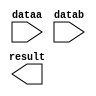
// megafunction wizard: %LPM_MULT%VBB%
// GENERATION: STANDARD
// VERSION: WM1.0
// MODULE: lpm_mult 

// ============================================================
// Megafunction Name(s):
// 			lpm_mult
//
// Simulation Library Files(s):
// 			lpm
// ============================================================
// ************************************************************
// THIS IS A WIZARD-GENERATED FILE. DO NOT EDIT THIS FILE!
//
// 13.1.0 Build 162 10/23/2013 SJ Full Version
// ************************************************************

//Copyright (C) 1991-2013 Altera Corporation
//Your use of Altera Corporation's design tools, logic functions 
//and other software and tools, and its AMPP partner logic 
//functions, and any output files from any of the foregoing 
//(including device programming or simulation files), and any 
//associated documentation or information are expressly subject 
//to the terms and conditions of the Altera Program License 
//Subscription Agreement, Altera MegaCore Function License 
//Agreement, or other applicable license agreement, including, 
//without limitation, that your use is for the sole purpose of 
//programming logic devices manufactured by Altera and sold by 
//Altera or its authorized distributors.  Please refer to the 
//applicable agreement for further details.

module multiplier (
	dataa,
	datab,
	result);

	input	[7:0]  dataa;
	input	[7:0]  datab;
	output	[15:0]  result;

endmodule

// ============================================================
// CNX file retrieval info
// ============================================================
// Retrieval info: PRIVATE: AutoSizeResult NUMERIC "1"
// Retrieval info: PRIVATE: B_isConstant NUMERIC "0"
// Retrieval info: PRIVATE: ConstantB NUMERIC "0"
// Retrieval info: PRIVATE: INTENDED_DEVICE_FAMILY STRING "Cyclone V"
// Retrieval info: PRIVATE: LPM_PIPELINE NUMERIC "0"
// Retrieval info: PRIVATE: Latency NUMERIC "0"
// Retrieval info: PRIVATE: SYNTH_WRAPPER_GEN_POSTFIX STRING "0"
// Retrieval info: PRIVATE: SignedMult NUMERIC "0"
// Retrieval info: PRIVATE: USE_MULT NUMERIC "1"
// Retrieval info: PRIVATE: ValidConstant NUMERIC "0"
// Retrieval info: PRIVATE: WidthA NUMERIC "8"
// Retrieval info: PRIVATE: WidthB NUMERIC "8"
// Retrieval info: PRIVATE: WidthP NUMERIC "16"
// Retrieval info: PRIVATE: aclr NUMERIC "0"
// Retrieval info: PRIVATE: clken NUMERIC "0"
// Retrieval info: PRIVATE: new_diagram STRING "1"
// Retrieval info: PRIVATE: optimize NUMERIC "0"
// Retrieval info: LIBRARY: lpm lpm.lpm_components.all
// Retrieval info: CONSTANT: LPM_HINT STRING "MAXIMIZE_SPEED=5"
// Retrieval info: CONSTANT: LPM_REPRESENTATION STRING "UNSIGNED"
// Retrieval info: CONSTANT: LPM_TYPE STRING "LPM_MULT"
// Retrieval info: CONSTANT: LPM_WIDTHA NUMERIC "8"
// Retrieval info: CONSTANT: LPM_WIDTHB NUMERIC "8"
// Retrieval info: CONSTANT: LPM_WIDTHP NUMERIC "16"
// Retrieval info: USED_PORT: dataa 0 0 8 0 INPUT NODEFVAL "dataa[7..0]"
// Retrieval info: USED_PORT: datab 0 0 8 0 INPUT NODEFVAL "datab[7..0]"
// Retrieval info: USED_PORT: result 0 0 16 0 OUTPUT NODEFVAL "result[15..0]"
// Retrieval info: CONNECT: @dataa 0 0 8 0 dataa 0 0 8 0
// Retrieval info: CONNECT: @datab 0 0 8 0 datab 0 0 8 0
// Retrieval info: CONNECT: result 0 0 16 0 @result 0 0 16 0
// Retrieval info: GEN_FILE: TYPE_NORMAL multiplier.v TRUE
// Retrieval info: GEN_FILE: TYPE_NORMAL multiplier.inc FALSE
// Retrieval info: GEN_FILE: TYPE_NORMAL multiplier.cmp FALSE
// Retrieval info: GEN_FILE: TYPE_NORMAL multiplier.bsf FALSE
// Retrieval info: GEN_FILE: TYPE_NORMAL multiplier_inst.v FALSE
// Retrieval info: GEN_FILE: TYPE_NORMAL multiplier_bb.v TRUE
// Retrieval info: LIB_FILE: lpm